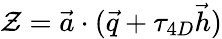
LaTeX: {\cal Z}=\vec{a}\cdot(\vec{q}+\tau_{4D}\vec{h})